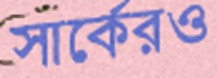
সার্কেরও